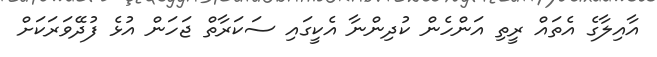
އާއިލާގެ އެތައް ރީތި އަންހެން ކުދިންނާ އެކީގައި ސަކަރާތް ޖަހަން އުޅެ ފުދޭވަރަކަށް